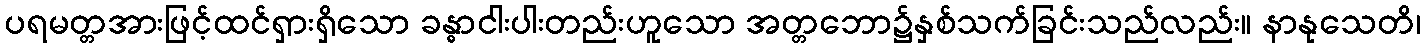
ပရမတ္တအားဖြင့်ထင်ရှားရှိသော ခန္ဓာငါးပါးတည်းဟူသော အတ္တဘော၌နှစ်သက်ခြင်းသည်လည်း။ နာနုသေတိ၊